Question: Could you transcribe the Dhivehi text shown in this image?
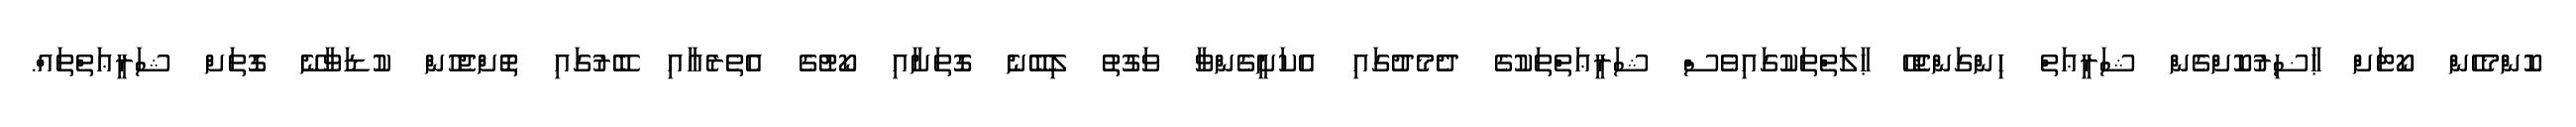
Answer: ކޮންމެހެން ކޯޓަށް ޙާޟިރުކޮށްގެން ޝަރީޢަތް ހިންގަންޖެހޭ ޙާލަތްތަކުގައިވެސް ޝަރީޢަތްތަކުގެ ދެމެދުގައި އެކަށީގެންވާ ވަގުތު ލިބޭނެ ގޮތަށާއި ކޯޓުގެ އެތެރެއާއި ބޭރުގައި ތޮށްޖެހުން ކުޑަވާނޭ ގޮތަށް ޝަރީޢަތްތައް.